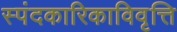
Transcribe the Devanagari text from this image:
स्पंदकारिकाविवृत्ति